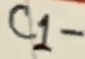
Text: C1-